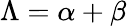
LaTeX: \Lambda=\alpha+\beta